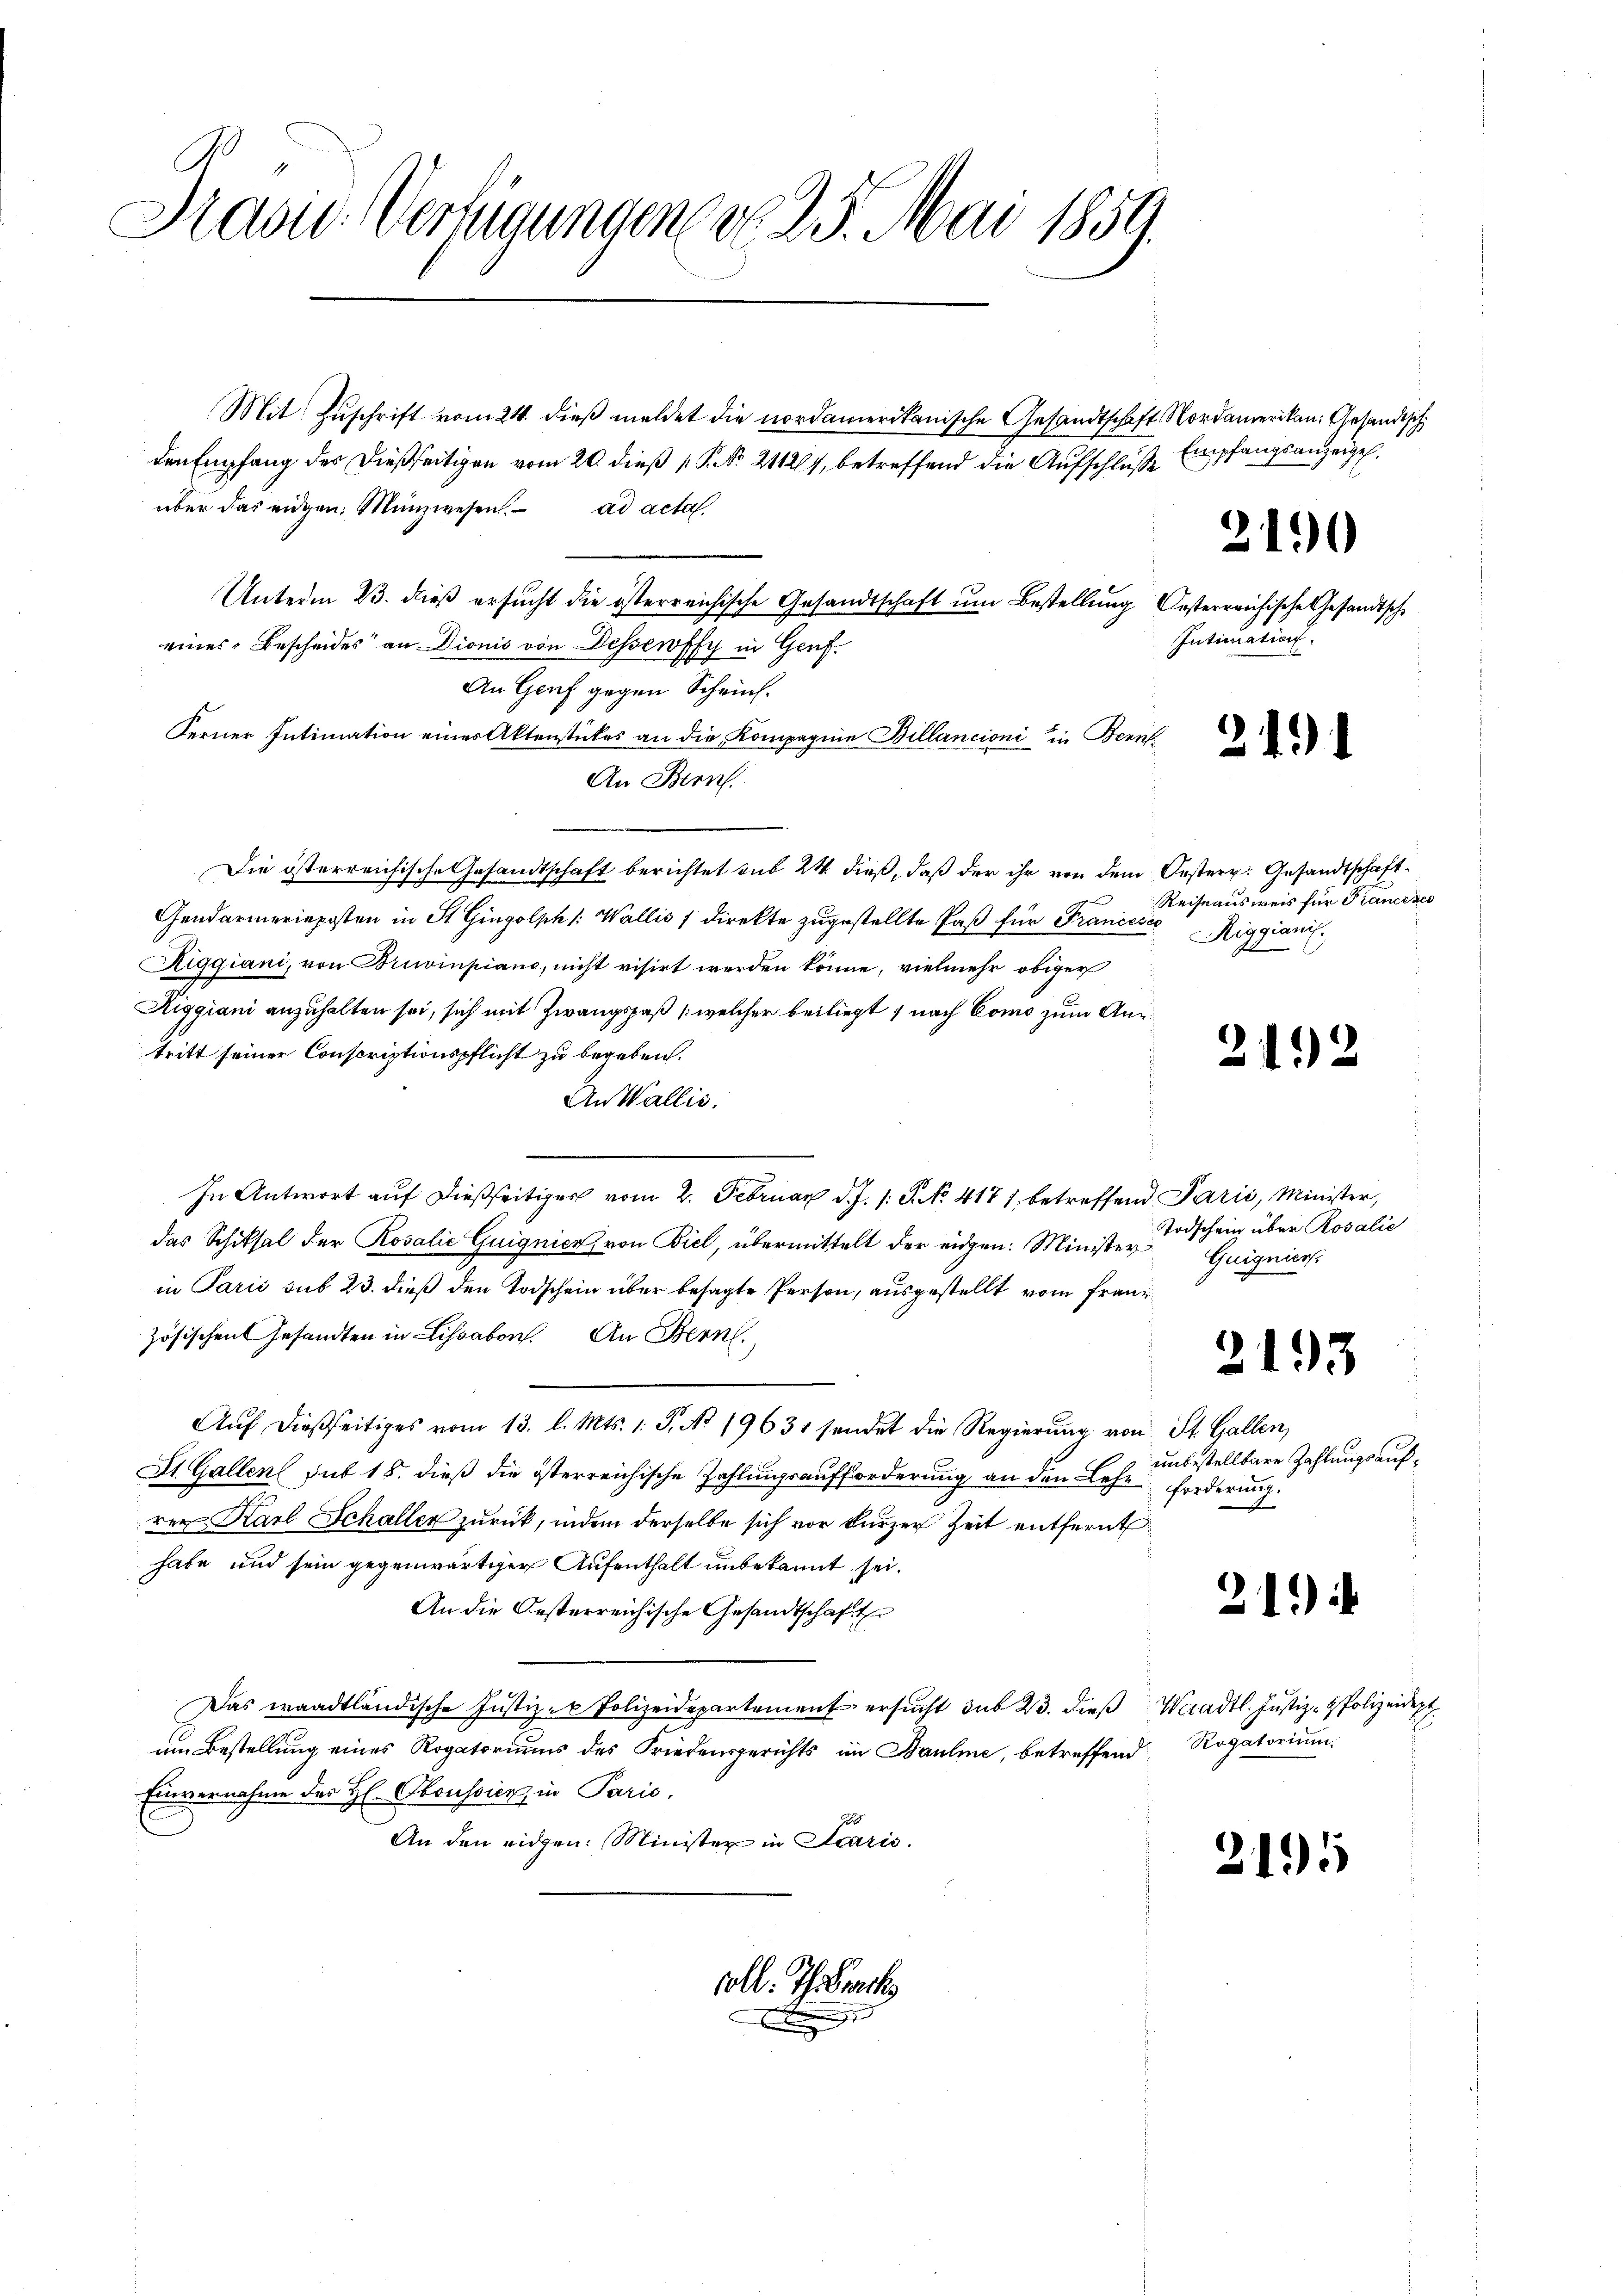
Kasid. Verfügungene No. 23. Mai 1859.

x

g

Mit Zuschrift vom 24. dieß meldet die nordamerikanische Gesandtschaft Nordamerikan. Gesandisch
den Empfang des dießseitigen vom 20. dieß P. Nr. 2112, betreffend die Aufschluße Empfangsanzeigel.
über das eidgen. Münzwesen. ad acta,
Unterm 23. dieß ersucht die österreichische Gesandtschaft um Bestellung Oesterreichische Gesandtsche
eines Bescheides an Dionis von Dessewffy in Genf
An Genf gegen Scheins¬
Ferner Intimation eines Aktenstückes an die Kompagnie Billancioni in Bern
An Bern
Die österreichische Gesandtschaft berichtet sub 24 dieß, daß der ihr von dem Oesterr. Gesandtschaft
Gendarmerieposten in St. Gingolph /: Wallis / direkte zugestellte Paß für Francesco
Riggiani, von Bruvinpiano, nicht visirt werden könne, vielmehr obiger
Riggiani anzuhalten sei, sich mit Zwangspaß (welcher beiliegt, nach Como zum Ane
tritt seiner Conscriptionspflicht zu begeben.
An Wallis.
In Antwort auf dießseitiger vom 2. Februar d. J. s. S. No. 4171, betreffend Parić, Minister,
das Schiksal der Rosalić Guignier, von Biel, übermittelt der eidgen: Ministerin Paris sub 23. dieß den Todschein über besagte Person, ausgestellt von Franzzösischen Gesandten in Lisabon. An Bern.
Aŭf dießseitiges vom 13. l. Mts. 1. J. No. 19631 sendet die Regierŭng von St. Gallen,
St. Gallen sub 15. dieß die österreichische Zahlungsaufforderung an den Lehrforderung
rer Karl Schaller zurück, indem derselbe sich vor kurzer Zeit entfernt
habe und sein gegenwärtiger Aufenthalt unbekannt sei.
An die Oesterreichische Gesandtschaft
Das waadtländische Justiz- u Polizeidepartement ersŭcht sub 23. dieβ Waadt. Justiz- & Polizeidept
um Bestellung eines Rogatoriums des Friedensgerichts im Bauline, betreffend Rogatorium
Einvernahme des Hl. Oboussier, in Paris,
E
An den eidgen. Minister in Scaris
voll. Th. Sach

Intimation.

2190

21)

Reiseaus weis für Francezes
Riggianis

3

Todschein über Rosalie
Guigniert.

2

12

93

unbestellbare Zahlungsauf¬

21.)

Ei

2195